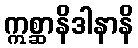
ဣစ္ဆာနိဒါနာနိ